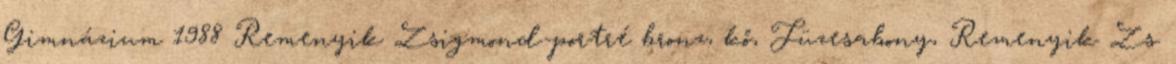
Gimnázium 1988 Remenyik Zsigmond-portré bronz, kő, Füzesabony, Remenyik Zs.